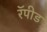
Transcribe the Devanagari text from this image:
रॅपीड